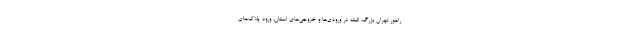
راهور تهران بزرگ، البته در ورودی‌ها و خروجی‌های استان، ورود پلاک‌های